Lunatic asylums Burma 1907-21 - 1907-1921
Year: 1907
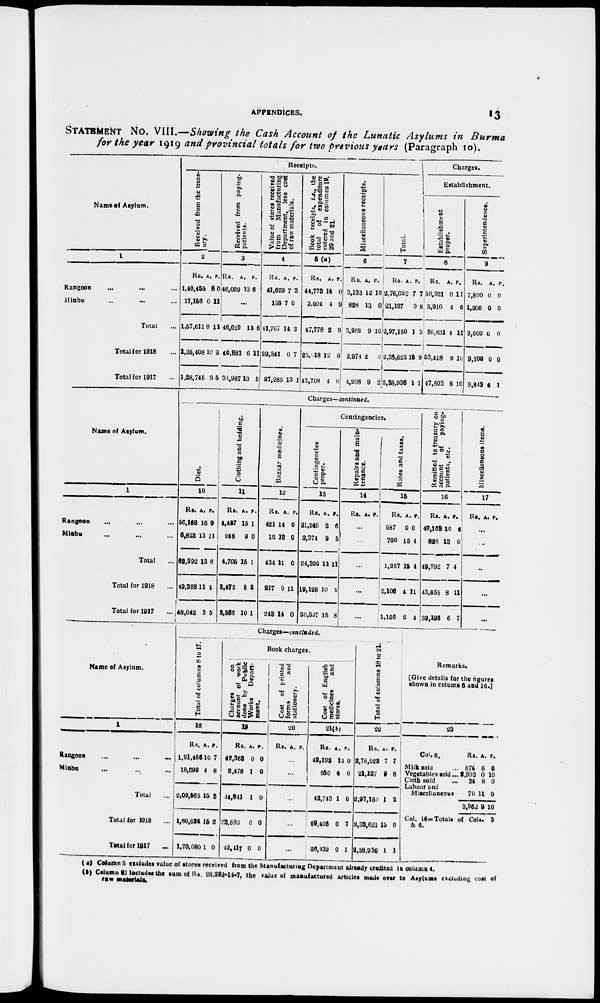
APPENDICES.
13
STATEMENT No. VIII.—Showing the Cash Account of the Lunatic Asylums in Burma
for the year 1919 and provincial totals for two previous years (Paragraph 10).
Name of Asylum.
1
Rangoon ... ... ...
Minbu ... ... ...
Total ...
Total for 1918 ...
Total for 1917 ...
Receipts.
Received from the treas-
ury.
2
Rs.
1,40,455
17,156
1,57,611
1,35,408
1,28,745
A.
8
0
8
10
9
P.
0
11
11
3
5
Received from paying¬
patients.
3
Rs.
46,029
A.
13
P.
6
...
46,029
40,881
34,987
1
6
13
6
11
5
Value of stores received
from
Manufacturing
Department, less cost
of raw materials.
4
Rs.
41,629
138
41,767
29,341
27,285
A.
7
7
14
0
13
P.
3
0
3
7
1
Book receipts. i.e., the
total of expenditure
entered in columns 19,
20 and 21.
5(a)
Rs.
44,773
3,004
47,778
25,318
43,708
A.
14
4
2
12
4
P.
0
9
9
0
0
Miscellaneous receipts.
6
Rs.
3,133
828
3,962
2,974
4,208
A.
12
13
9
2
9
P.
10
0
10
0
2
Total.
7
Rs.
2,76,022
21,127
2,97,150
2,33,623
2,38,936
A.
7
9
1
15
1
P.
7
8
3
9
1
Charges.
Establishment.
Establishment
proper.
8
Rs.
50,921
5,910
56,831
53,418
47,503
A.
0
4
4
2
8
P.
11
0
11
10
10
Superintendence.
9
Rs.
7,800
1,200
9,000
9,100
9,843
A.
0
0
0
0
4
P.
0
0
0
0
1
Name of Asylum.
1
Rangoon ... ... ...
Minbu ... ... ...
Total ...
Total for 1918 ...
Total for 1917 ...
Charges—continued.
Diet.
10
Rs.
56,168
6,823
62,992
49,328
48,042
A.
15
13
13
11
3
P.
9
11
8
4
5
Clothing and bedding.
11
Rs.
4,457
248
4,705
3,472
3,586
A.
15
0
15
8
10
P.
1
0
1
3
1
Bazaar medicines.
12
Rs.
421
12
434
217
243
A.
14
13
11
0
14
P.
0
0
0
11
0
Contingencies.
Contingencies
proper.
13
Rs.
21,946
2,374
24,320
19,126
20,537
A.
2
9
11
10
15
P.
6
5
11
0
8
Repairs and main¬
tenance.
14
Rs. A. P.
...
...
...
...
...
Rates and taxes.
15
Rs.
587
700
1,287
2,106
1,126
A.
0
15
15
4
2
P.
0
4
4
11
4
Remitted to treasury on
account
of paying-
patients, etc.
16
Rs.
49,168
828
49,992
43,855
39,196
A.
10
13
7
8
6
P.
4
0
4
11
7
Miscellaneous items.
17
Rs. A. P.
...
...
...
...
...
Name of Asylum.
1
Rangoon ... ... ...
Minbu ... ... ...
Total ...
Total for 1918 ...
Total for 1917
...
Charges—concluded.
Total of columns 8 to 17.
18
Rs.
1,91,466
18,099
2,09,565
1,80,624
1,70,080
A.
10
4
15
15
1
P.
7
8
3
2
0
Book charges.
Charges
on
account of work
done by Public
Works Depart-
ment.
19
Rs.
42,363
2,478
44,841
23,593
42,417
A.
0
1
1
0
0
P.
0
0
0
0
0
Cost of printed
forms and
stationery.
20
Rs. A. P.
...
...
...
...
...
Cost of English
medicines
and
stores.
21(b)
Rs.
42,192
550
42,743
29,406
26,439
A.
13
4
1
0
0
P.
0
0
0
7
1
Total of columns 18 to 21.
22
Rs.
2,76,022
21,127
2,97,150
8,33,623
2,38,936
A.
7
9
1
15
1
P.
7
8
3
9
1
Remarks.
[Give details for the figures
shown in colums 6 and 16.]
23
Col. 6.
Milk sold ...
Vegetables sold...
Cloth sold ..
Labour and
Miscellaneous
Rs.
874
2,993
34
70
3,962
A.
6
0
8
11
9
P.
0
10
0
0
10
Col. 16 = Totals of Cols. 3
& 6.
( a) Column 5 excludes value of stores received from the Manufacturing Department already credited in column 4.
(b) Column 21 includes the sum of Rs. 28,292-14-7, the value of manufactured articles made over to Asylums excluding cost of
raw materials.